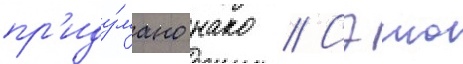
пр'иду́мано нако // Сэию